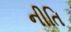
નીતિ